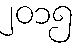
၂၀၁၅